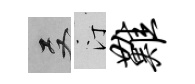
双汀难